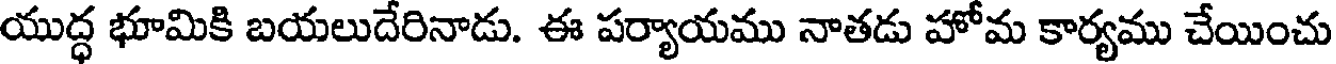
యుద్ధ భూమికి బయలుదేరినాడు. ఈ పర్యాయము నాతడు హోమ కార్యము చేయించు